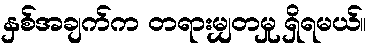
နှစ်အချက်က တရားမျှတမှု ရှိရမယ်။